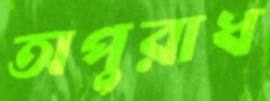
অপুরাধ